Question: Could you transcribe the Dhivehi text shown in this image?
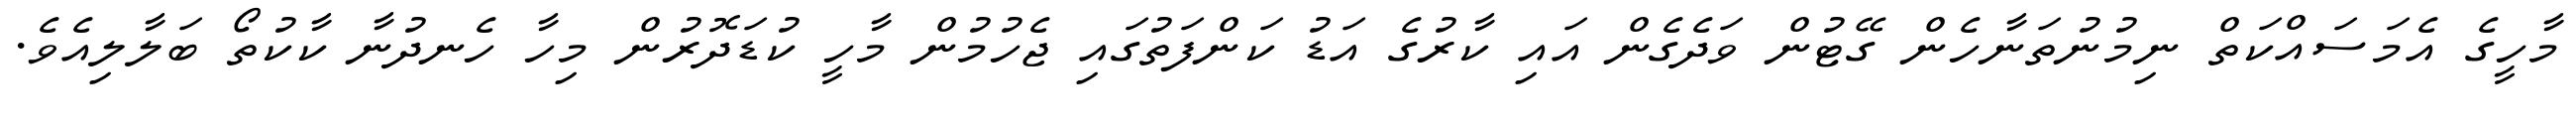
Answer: މާހީގެ އެމަސައްކަތް ނިމުނުތަނާހެން ގޭޓުން ވަދެގެން އައި ކާރުގެ އަޑު ކަންފަތުގައި ޖެހުމުން މާހީ ކުޑަދޮރުން މިހާ ހެނދުނާ ކާކުތޯ ބަލާލިއެވެ.